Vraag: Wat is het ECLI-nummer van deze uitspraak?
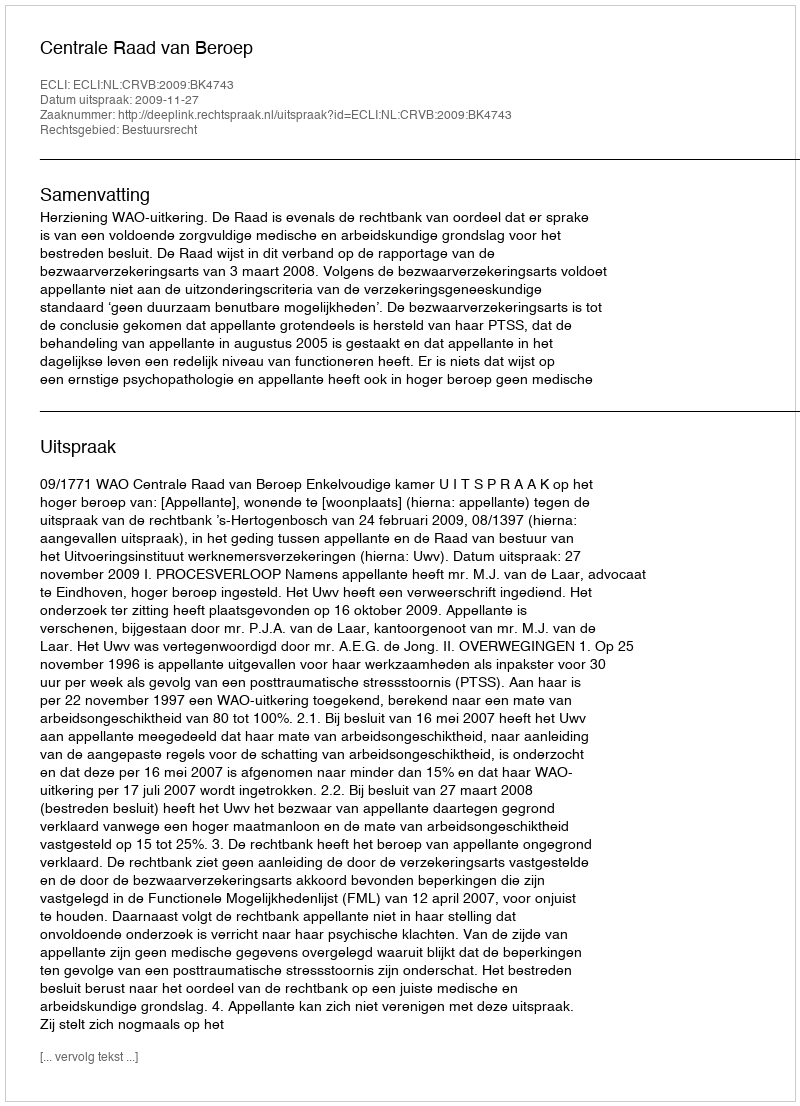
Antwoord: ECLI:NL:CRVB:2009:BK4743